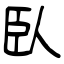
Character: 臥